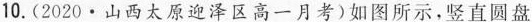
10.(2020·山西太原迎泽区高一月考)如图所示，竖直圆盘